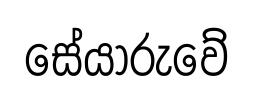
සේයාරුවේ